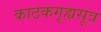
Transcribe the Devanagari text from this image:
काठकगृह्यसूत्र